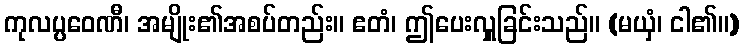
ကုလပ္ပဝေဏီ၊ အမျိုး၏အစပ်တည်း။ ဧတံ၊ ဤပေးလှူခြင်းသည်။ (မယှံ၊ ငါ၏။)